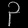
Digit: ၃